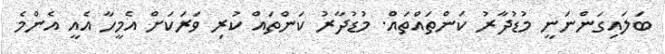
ބަލައިގަންނަނީ މުޑުދާރު ކަންތައްތައް. މުޑުދާރު ކަންތައް ކުރި ވަރަކަށް އެމީހާ އެއީ އެންމެ